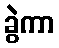
ခွဲကာ